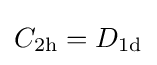
C_{2\mathrm {h} }=D_{1\mathrm {d} }